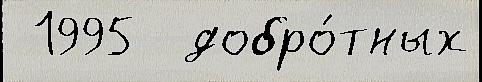
 1995  добро́тных